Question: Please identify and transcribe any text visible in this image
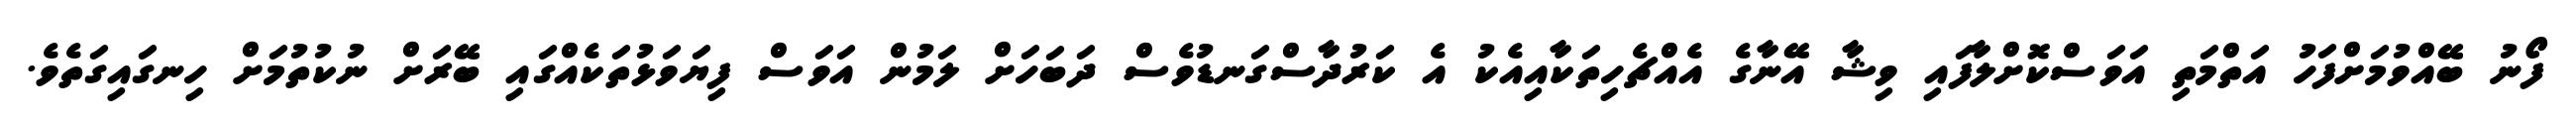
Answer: ފޯނު ބޭއްވުމަށްފަހު އަތްމަތި އަވަސްކޮށްލާފައި ވިޝާ އޭނާގެ އެއްޗެހިތަކާއިއެކު އެ ކަރުދާސްގަނޑުވެސް ދަބަހަށް ލަމުން އަވަސް ފިޔަވަޅުތަކެއްގައި ބޭރަށް ނުކުތުމަށް ހިނގައިގަތެވެ.